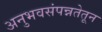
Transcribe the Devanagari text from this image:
अनुभवसंपन्नतेतून